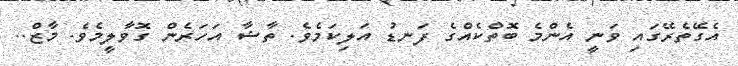
އެގޭތެރޭގައި ވަނީ އެންމެ ބޮތްކެއްގެ ފަނޑު އަލިކަމެވެ. ތާޝާ އަހަރެން ގޮވާލީމެވެ. މާޒް..